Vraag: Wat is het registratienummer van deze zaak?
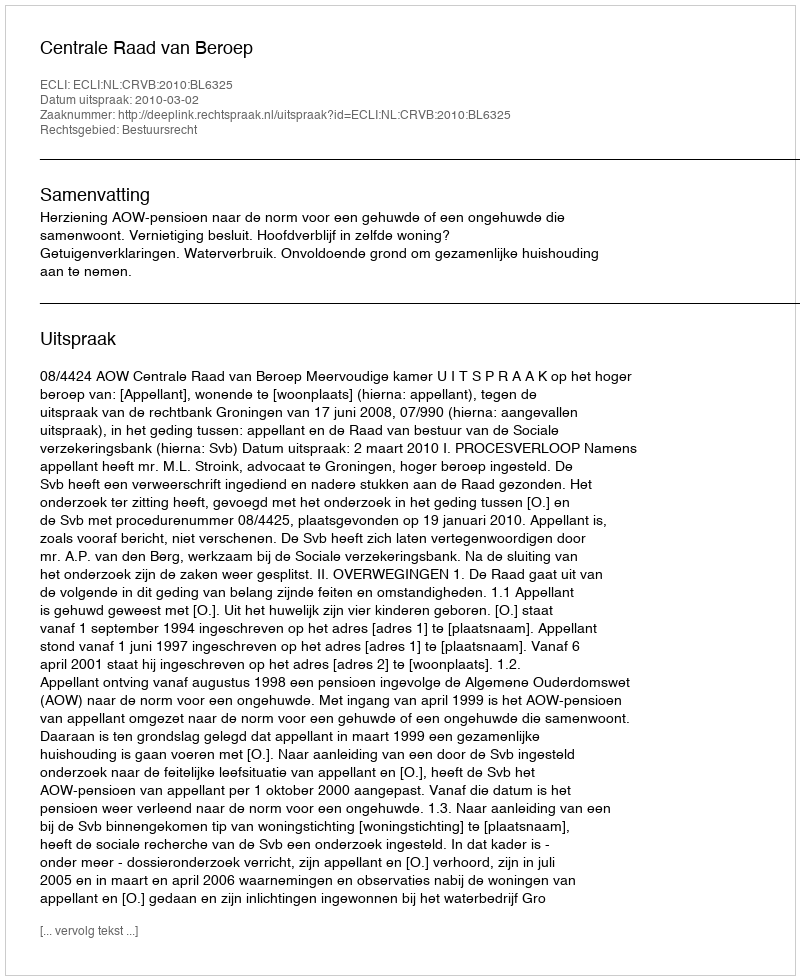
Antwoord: http://deeplink.rechtspraak.nl/uitspraak?id=ECLI:NL:CRVB:2010:BL6325